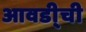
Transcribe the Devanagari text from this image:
आवडी्ची